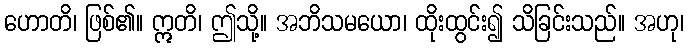
ဟောတိ၊ ဖြစ်၏။ ဣတိ၊ ဤသို့။ အဘိသမယော၊ ထိုးထွင်း၍ သိခြင်းသည်။ အဟု၊